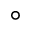
^ \circ